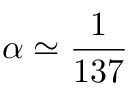
\alpha \simeq { \frac { 1 } { 1 3 7 } }